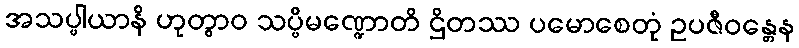
အသပ္ပါယာနိ ဟုတွာဝ သပ္ပိမဏ္ဍောတိ ဌိတဿ ပမောစေတုံ ဥပဇီဝန္တေန